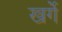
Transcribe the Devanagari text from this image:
खर्गे